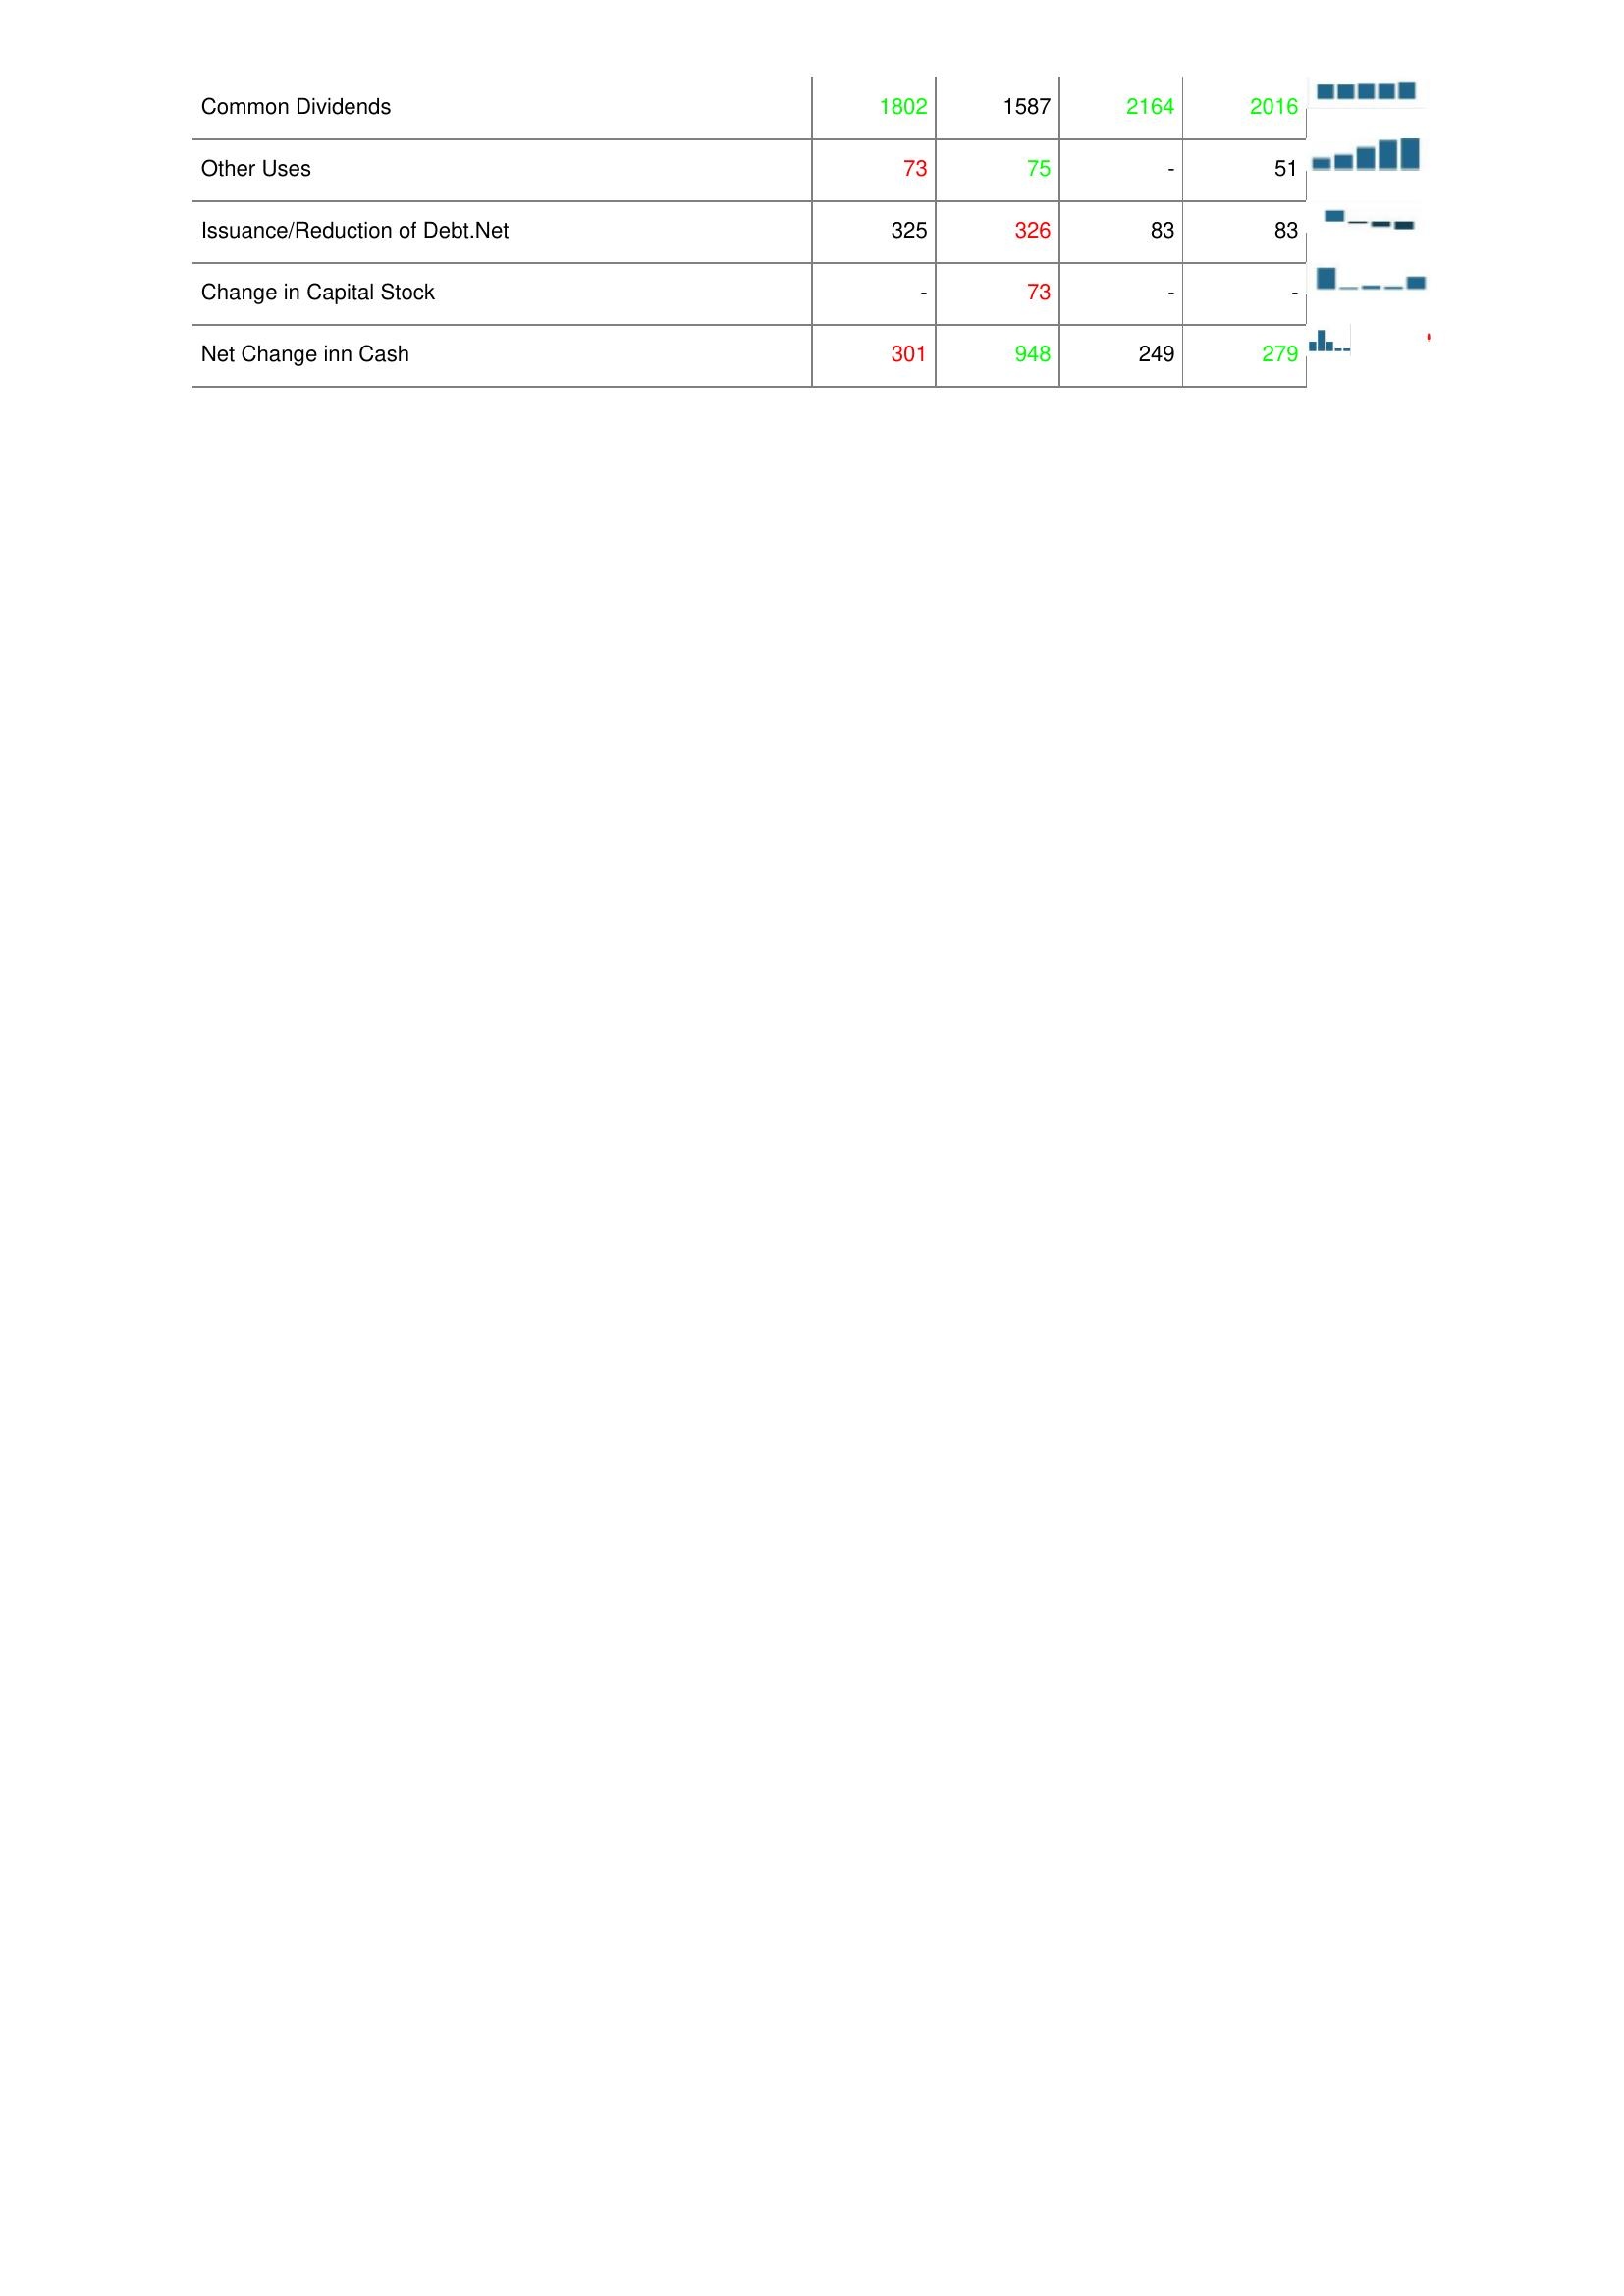
2015: Financing Activities: Common Dividends: 1802
Other Uses: 73
Issuance/Reduction of Debt.Net: 325
Change in Capital Stock: -
Net Change inn Cash: 301
2014: Financing Activities: Common Dividends: 1587
Other Uses: 75
Issuance/Reduction of Debt.Net: 326
Change in Capital Stock: 73
Net Change inn Cash: 948
2013: Financing Activities: Common Dividends: 2164
Other Uses: -
Issuance/Reduction of Debt.Net: 83
Change in Capital Stock: -
Net Change inn Cash: 249
2012: Financing Activities: Common Dividends: 2016
Other Uses: 51
Issuance/Reduction of Debt.Net: 83
Change in Capital Stock: -
Net Change inn Cash: 279